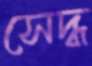
সেদ্ধ